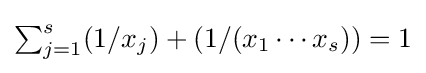
{\textstyle \sum _{j=1}^{s}(1/x_{j})+(1/(x_{1}\cdots x_{s}))=1}